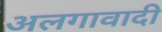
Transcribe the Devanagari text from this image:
अलगावादी